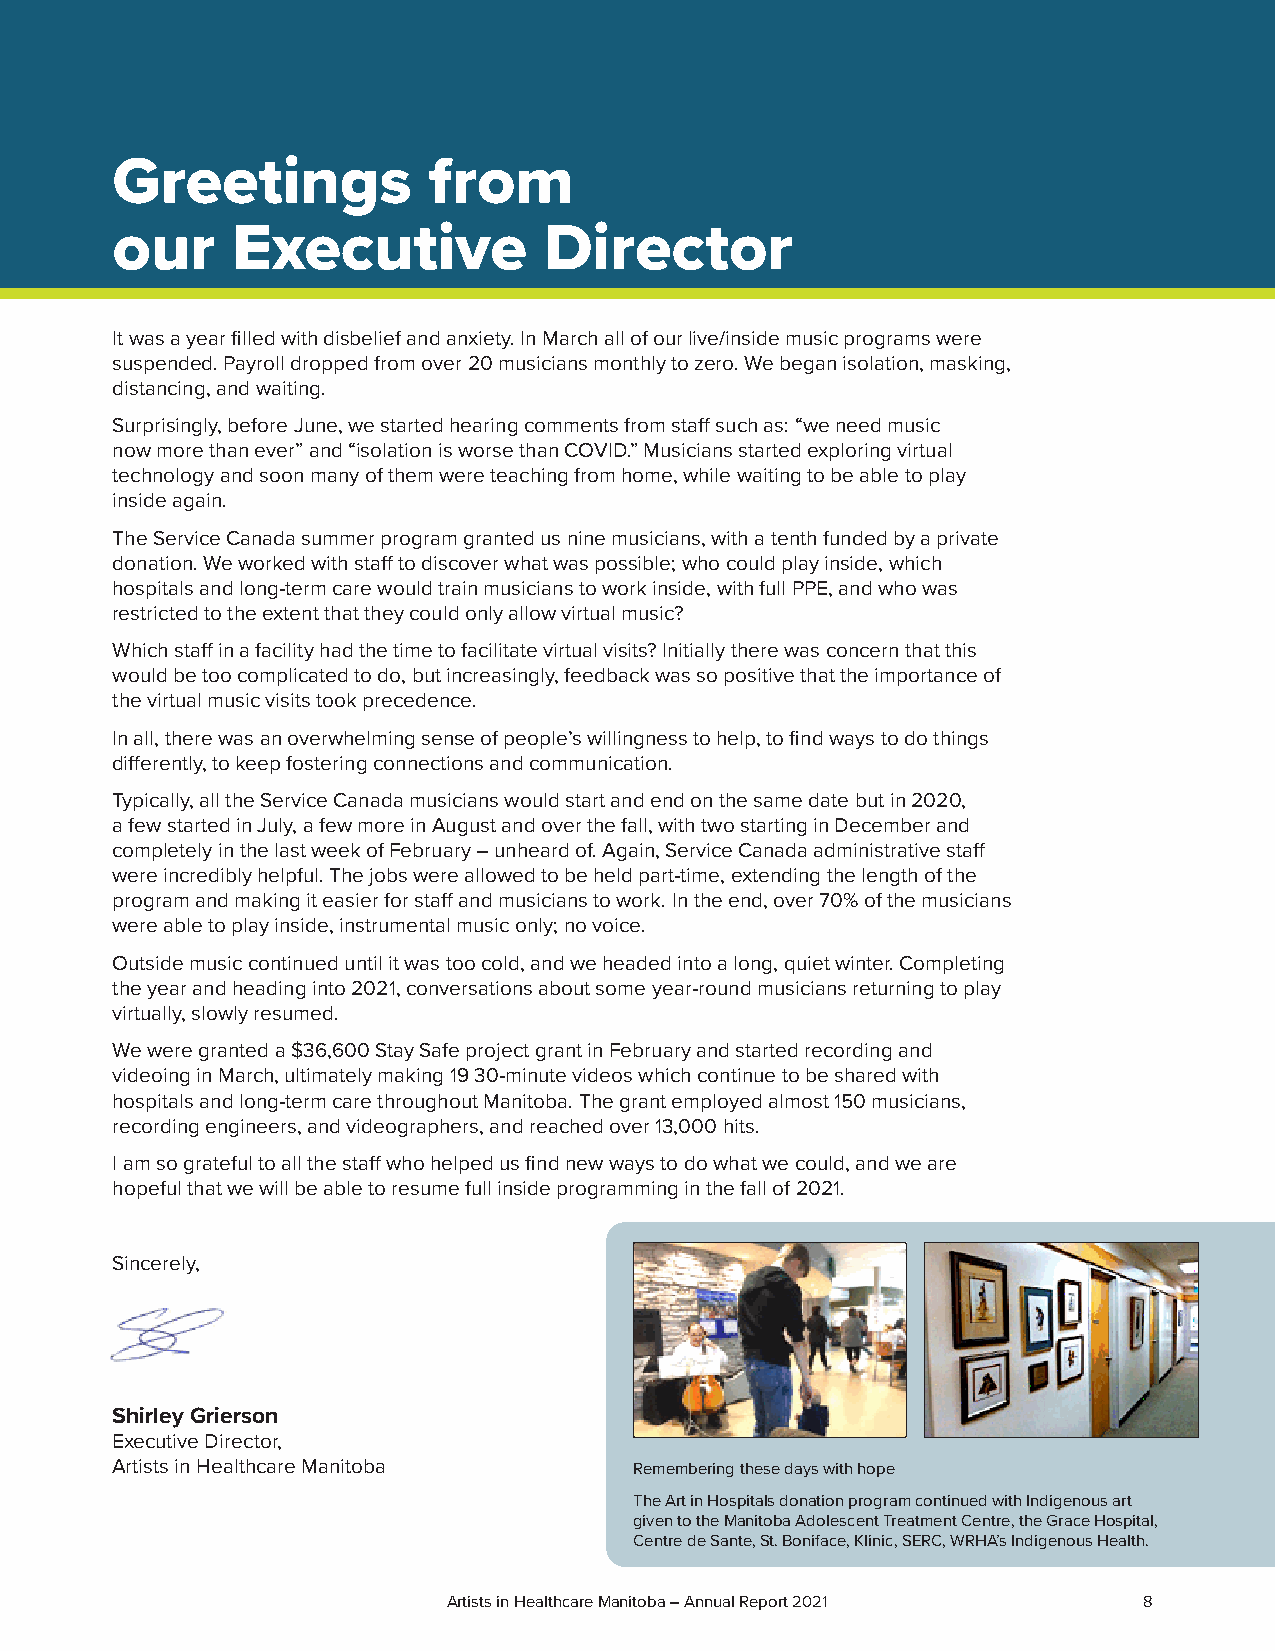
Greetings            from
 our     Executive            Director
 It was a year filled with disbelief and anxiety. In March all of our live/inside music programs were
 suspended. Payroll dropped from over 20 musicians monthly to zero. We began isolation, masking,
 distancing, and waiting.
 Surprisingly, before June, we started hearing comments from staff such as: “we need music
 now more than ever” and “isolation is worse than COVID.” Musicians started exploring virtual
 technology and soon many of them were teaching from home, while waiting to be able to play
 inside again.
 The Service Canada summer program granted us nine musicians, with a tenth funded by a private
 donation. We worked with staff to discover what was possible; who could play inside, which
 hospitals and long-term care would train musicians to work inside, with full PPE, and who was
 restricted to the extent that they could only allow virtual music?
 Which staff in a facility had the time to facilitate virtual visits? Initially there was concern that this
 would be too complicated to do, but increasingly, feedback was so positive that the importance of
 the virtual music visits took precedence.
 In all, there was an overwhelming sense of people’s willingness to help, to find ways to do things
 differently, to keep fostering connections and communication.
 Typically, all the Service Canada musicians would start and end on the same date but in 2020,
 a few started in July, a few more in August and over the fall, with two starting in December and
 completely in the last week of February – unheard of. Again, Service Canada administrative staff
 were incredibly helpful. The jobs were allowed to be held part-time, extending the length of the
 program and making it easier for staff and musicians to work. In the end, over 70% of the musicians
 were able to play inside, instrumental music only; no voice.
 Outside music continued until it was too cold, and we headed into a long, quiet winter. Completing
 the year and heading into 2021, conversations about some year-round musicians returning to play
 virtually, slowly resumed.
 We were granted a $36,600 Stay Safe project grant in February and started recording and
 videoing in March, ultimately making 19 30-minute videos which continue to be shared with
 hospitals and long-term care throughout Manitoba. The grant employed almost 150 musicians,
 recording engineers, and videographers, and reached over 13,000 hits.
 I am so grateful to all the staff who helped us find new ways to do what we could, and we are
 hopeful that we will be able to resume full inside programming in the fall of 2021.
 Sincerely,
 Shirley Grierson
 Executive Director,
 Artists in Healthcare Manitoba     Remembering these days with hope
 The Art in Hospitals donation program continued with Indigenous art
 given to the Manitoba Adolescent Treatment Centre, the Grace Hospital,
 Centre de Sante, St. Boniface, Klinic, SERC, WRHA’s Indigenous Health.
 Artists in Healthcare Manitoba – Annual Report 2021 8